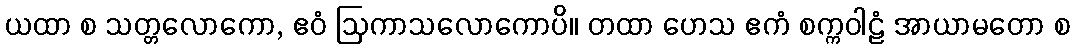
ယထာ စ သတ္တလောကော, ဧဝံ ဩကာသလောကောပိ။ တထာ ဟေသ ဧကံ စက္ကဝါဠံ အာယာမတော စ